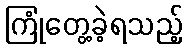
ကြုံတွေ့ခဲ့ရသည့်